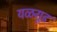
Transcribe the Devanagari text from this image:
यळगूड